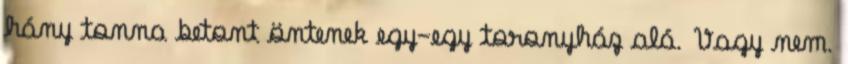
hány tonna betont öntenek egy-egy toronyház alá. Vagy nem.